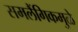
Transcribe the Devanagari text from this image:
समलैंगिकमुळे